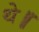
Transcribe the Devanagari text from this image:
थे॥